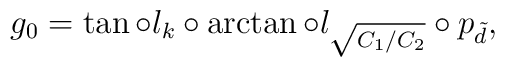
g_0=\tan\circ l_k\circ\arctan\circ l_{\sqrt{C_1/C_2}}\circ p_{\tilde{d}},